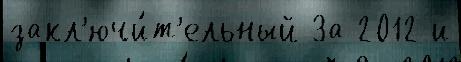
закл'ючи́т'ельный За 2012 и